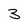
Character: 3